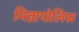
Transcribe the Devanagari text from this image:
मिन्नापोलिस